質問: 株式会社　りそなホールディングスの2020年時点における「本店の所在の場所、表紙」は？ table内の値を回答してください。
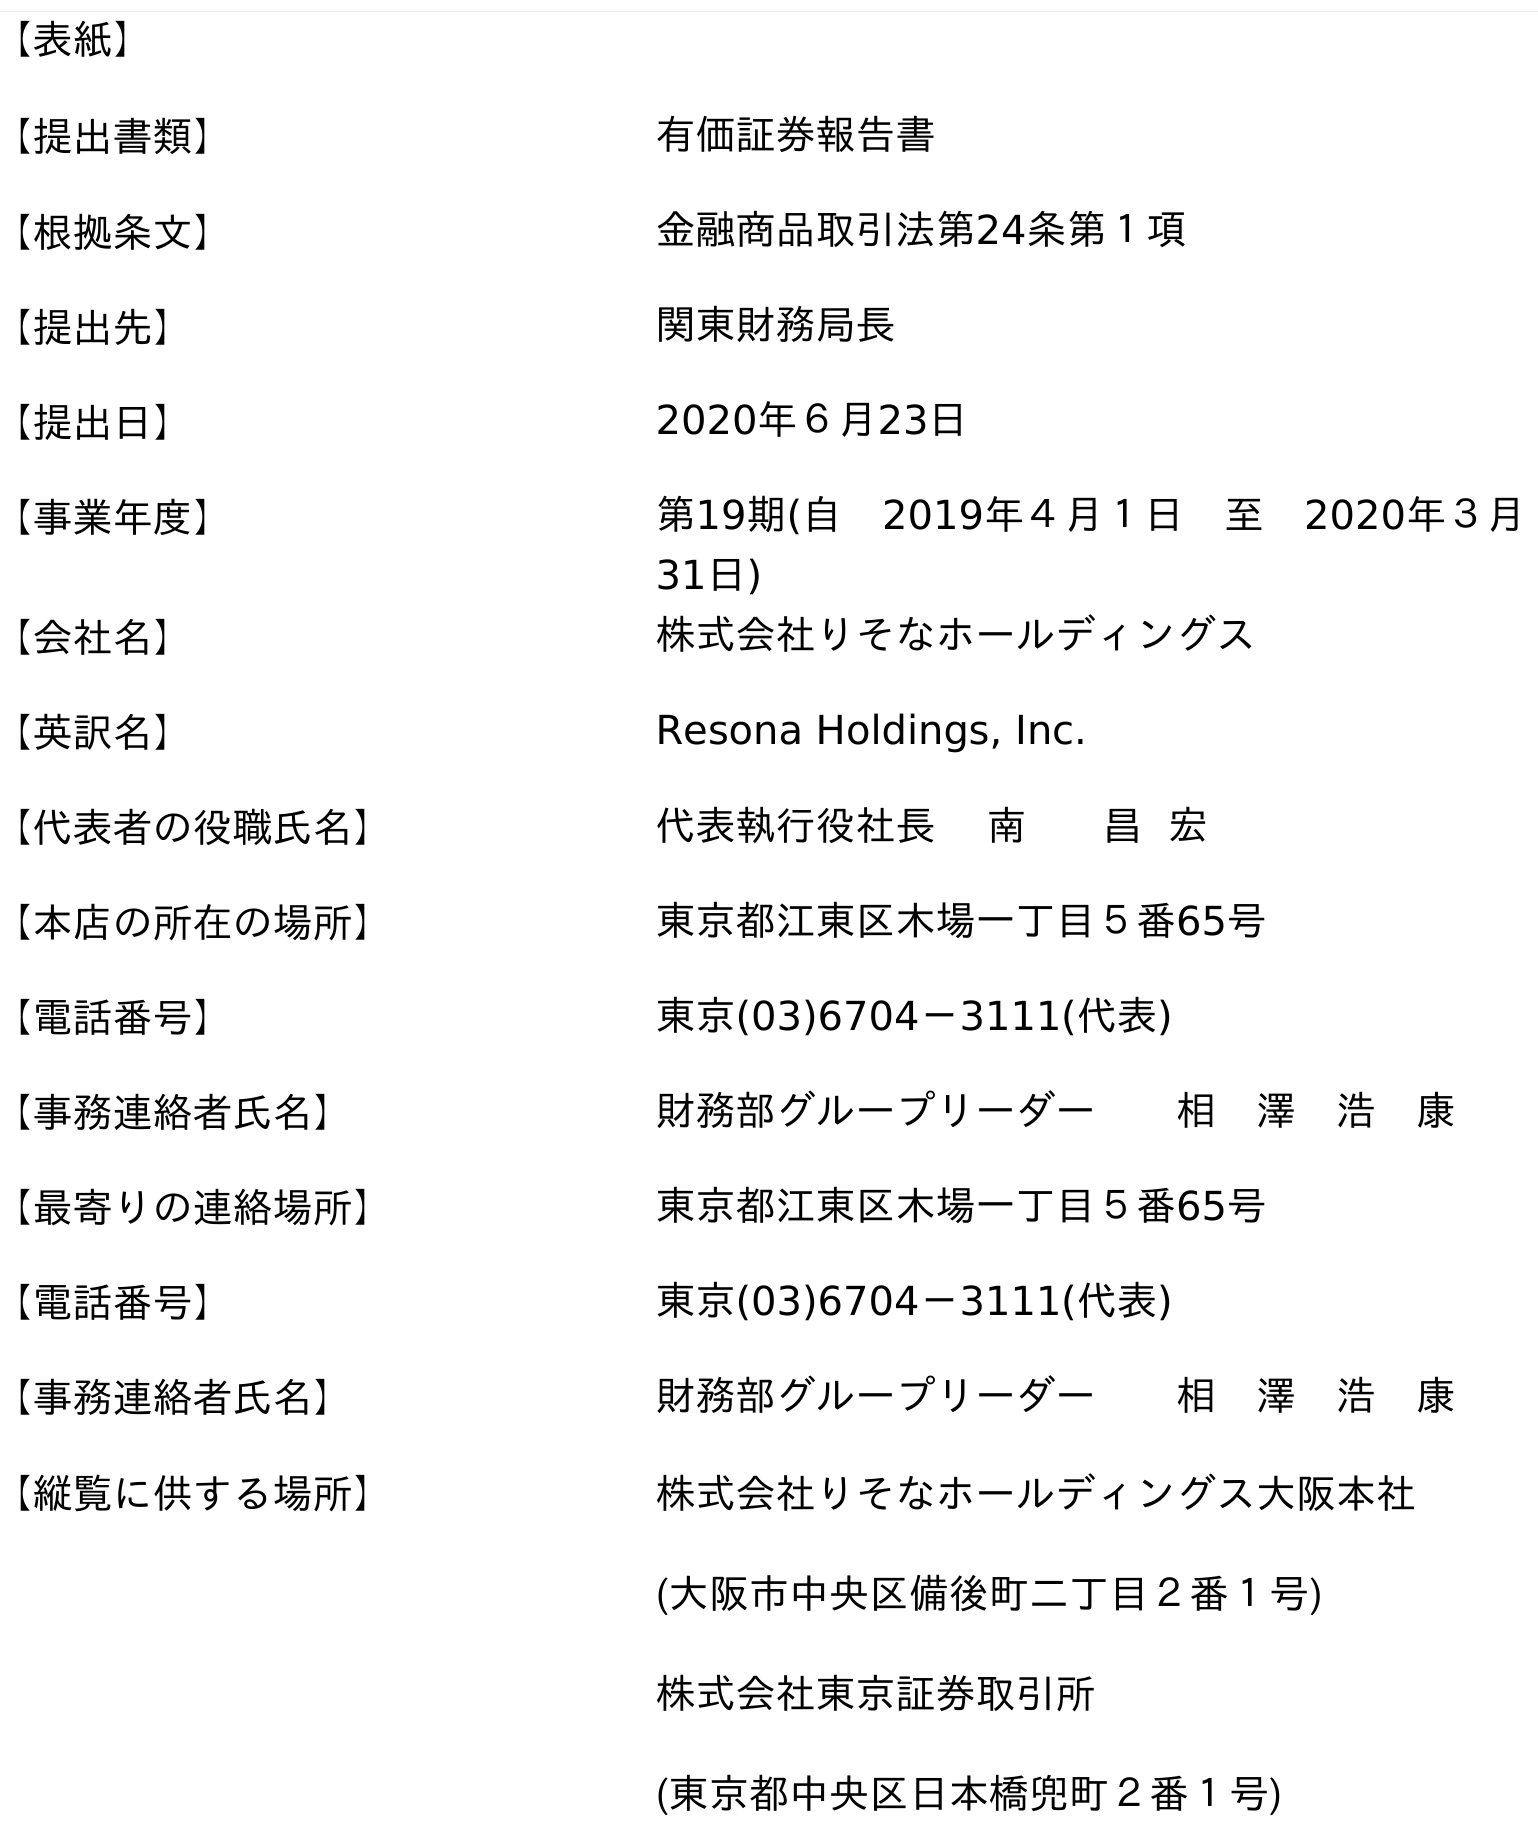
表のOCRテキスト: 【表紙】 【提出書類】 有価証券報告書 【根拠条文】 金融商品取引法第24条第１項 【提出先】 関東財務局長 【提出日】 2020年６月23日 【事業年度】 第19期(自 2019年４月１日 至 2020年３月 31日) 【会社名】 株式会社りそなホールディングス 【英訳名】 Resona Holdings, Inc. 【代表者の役職氏名】 代表執行役社長 南 昌 宏 【本店の所在の場所】 東京都江東区木場一丁目５番65号 【電話番号】 東京(03)6704－3111(代表) 【事務連絡者氏名】 財務部グループリーダー  相 澤 浩 康 【最寄りの連絡場所】 東京都江東区木場一丁目５番65号 【電話番号】 東京(03)6704－3111(代表) 【事務連絡者氏名】 財務部グループリーダー  相 澤 浩 康 【縦覧に供する場所】 株式会社りそなホールディングス大阪本社 (大阪市中央区備後町二丁目２番１号) 株式会社東京証券取引所 (東京都中央区日本橋兜町２番１号)
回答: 東京都江東区木場一丁目５番65号